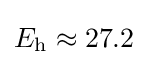
E_{\text{h}}\approx 27.2